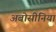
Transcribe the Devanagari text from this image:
अबोसीनिया